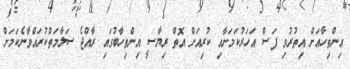
އިންތިހާއަށް އިތުރުވި ފަސް އަހަރުކަމަށާއި ކުރިއަށް އޮތް ރިޔާސީ އިންތިހާބުގައި ރާއްޖެ ސަލާމަތްކުރައްވާނެކަމަށް